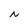
Character: N